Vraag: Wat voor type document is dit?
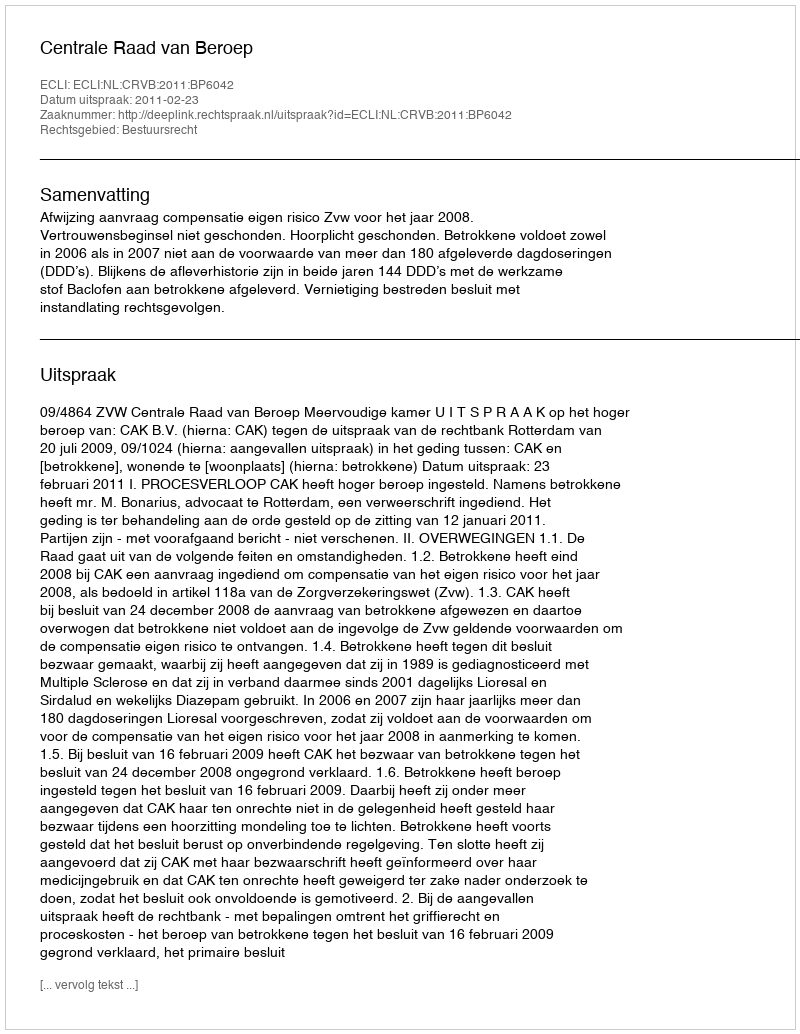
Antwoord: Uitspraak